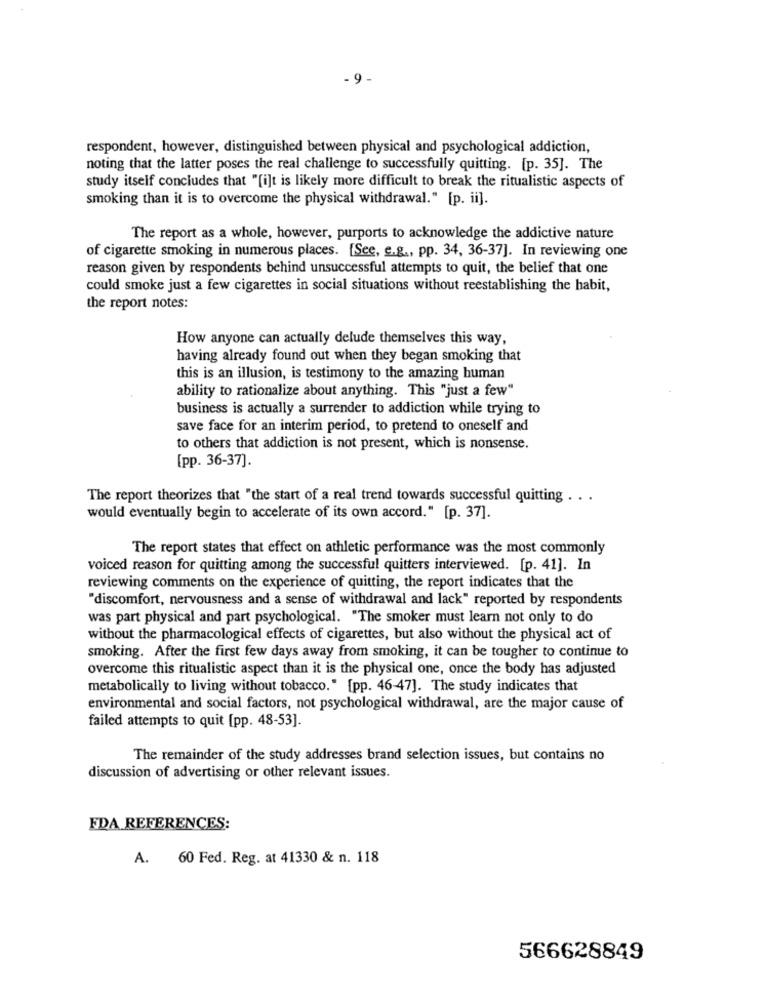
- 9 -
respondent, however, distinguished between physical and psychological addiction,
noting that the latter poses the real challenge to successfully quitting. [p. 35]. The
study itself concludes that "[i]t is likely more difficult to break the ritualistic aspects of
smoking than it is to overcome the physical withdrawal." [p. ii].
The report as a whole, however, purports to acknowledge the addictive nature
of cigarette smoking in numerous places. [See, e.g ., pp. 34, 36-37]. In reviewing one
reason given by respondents behind unsuccessful attempts to quit, the belief that one
could smoke just a few cigarettes in social situations without reestablishing the habit,
the report notes:
How anyone can actually delude themselves this way,
having already found out when they began smoking that
this is an illusion, is testimony to the amazing human
ability to rationalize about anything. This "just a few"
business is actually a surrender to addiction while trying to
save face for an interim period, to pretend to oneself and
to others that addiction is not present, which is nonsense.
[pp. 36-37].
The report theorizes that "the start of a real trend towards successful quitting . ..
would eventually begin to accelerate of its own accord." [p. 37].
The report states that effect on athletic performance was the most commonly
voiced reason for quitting among the successful quitters interviewed. [p. 41]. In
reviewing comments on the experience of quitting, the report indicates that the
"discomfort, nervousness and a sense of withdrawal and lack" reported by respondents
was part physical and part psychological. "The smoker must learn not only to do
without the pharmacological effects of cigarettes, but also without the physical act of
smoking. After the first few days away from smoking, it can be tougher to continue to
overcome this ritualistic aspect than it is the physical one, once the body has adjusted
metabolically to living without tobacco." [pp. 46-47]. The study indicates that
environmental and social factors, not psychological withdrawal, are the major cause of
failed attempts to quit [pp. 48-53].
The remainder of the study addresses brand selection issues, but contains no
discussion of advertising or other relevant issues.
FDA REFERENCES:
A. 60 Fed. Reg. at 41330 & n. 118
566628849